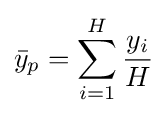
{\bar {y}}_{p}=\sum _{i=1}^{H}{\frac {y_{i}}{H}}